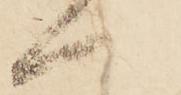
へ